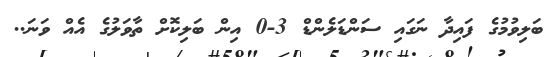
ބަލިވުމުގެ ފައިދާ ނަގައި ސަންޑަލެންޑް 3-0 އިން ބަލިކޮށް ތާވަލުގެ އެއް ވަނަ..